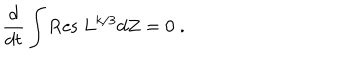
\frac { d } { d t } \int \mathrm { R e s ~ } L ^ { k / 3 } d Z = 0 \; .